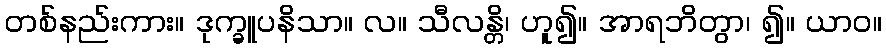
တစ်နည်းကား။ ဒုက္ခူပနိသာ။ လ။ သီလန္တိ၊ ဟူ၍။ အာရဘိတွာ၊ ၍။ ယာဝ။